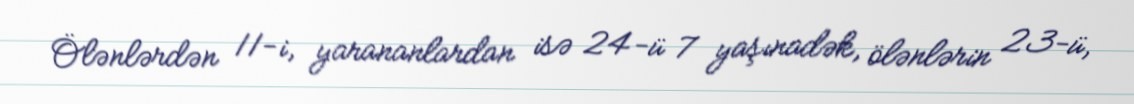
Ölənlərdən 11-i, yarananlardan isə 24-ü 7 yaşınadək, ölənlərin 23-ü,